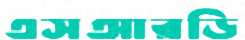
এসআরডি